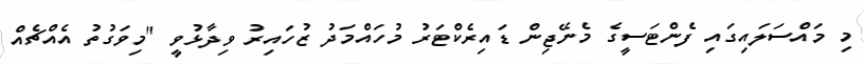
މި މައްސަލައިގައި ފެންޓަސީގެ މެނޭޖިން ޑައިރެކްޓަރު މުހައްމަދު ޒުހައިރު ވިދާޅުވީ "މިވަގުތު އެއްޗެއް